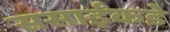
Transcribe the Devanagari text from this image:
ससाईंकडे